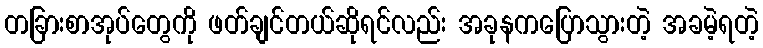
တခြားစာအုပ်တွေကို ဖတ်ချင်တယ်ဆိုရင်လည်း အခုနကပြောသွားတဲ့ အခမဲ့ရတဲ့